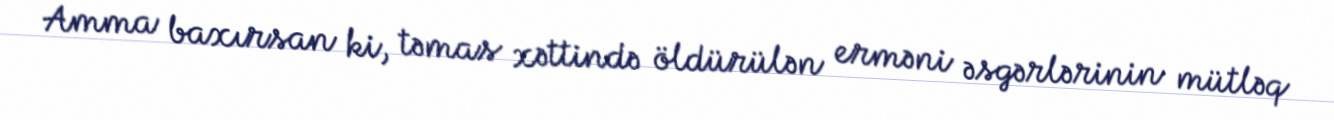
Amma baxırsan ki, təmas xəttində öldürülən erməni əsgərlərinin mütləq